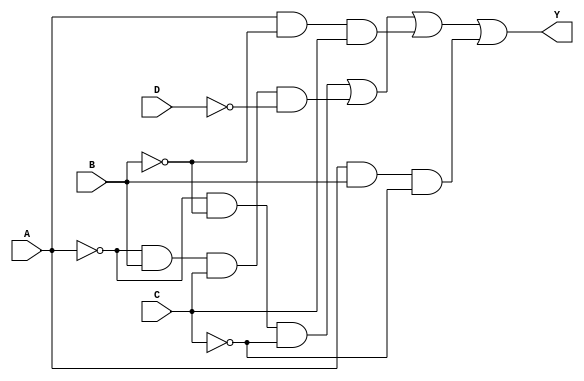
module combinational_logic_block (
    input wire A,    // Input A
    input wire B,    // Input B
    input wire C,    // Input C
    input wire D,    // Input D
    output wire Y    // Output Y
);

// Intermediate signals for the minimized expression
wire notA, notB, notC, notD;
wire term1, term2, term3, term4;

// Inverting inputs
not (notA, A);
not (notB, B);
not (notC, C);
not (notD, D);

// Define the minterms using AND gates
assign term1 = notA & notB & notC;              // A'B'C'
assign term2 = notA & B & C & notD;             // A'BCD'
assign term3 = A & notB & C;                    // AB'C
assign term4 = A & B & notC;                    // ABC'

// Final output using OR gate
assign Y = term1 | term2 | term3 | term4;

endmodule